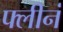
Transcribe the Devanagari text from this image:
फ्लीनं